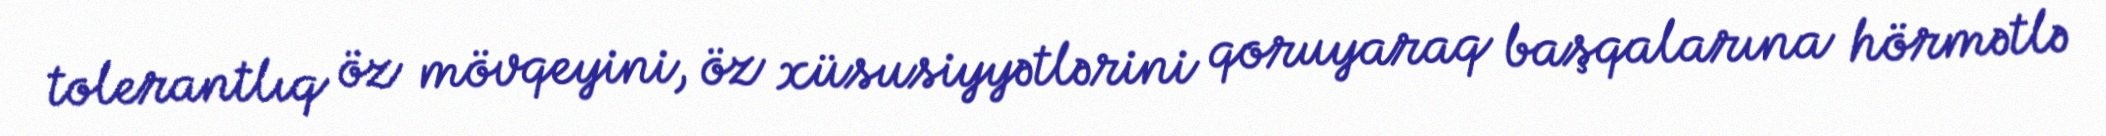
tolerantlıq öz mövqeyini, öz xüsusiyyətlərini qoruyaraq başqalarına hörmətlə